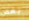
بعض